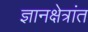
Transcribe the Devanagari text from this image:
ज्ञानक्षेत्रांत